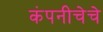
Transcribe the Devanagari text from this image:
कंपनीचेचे